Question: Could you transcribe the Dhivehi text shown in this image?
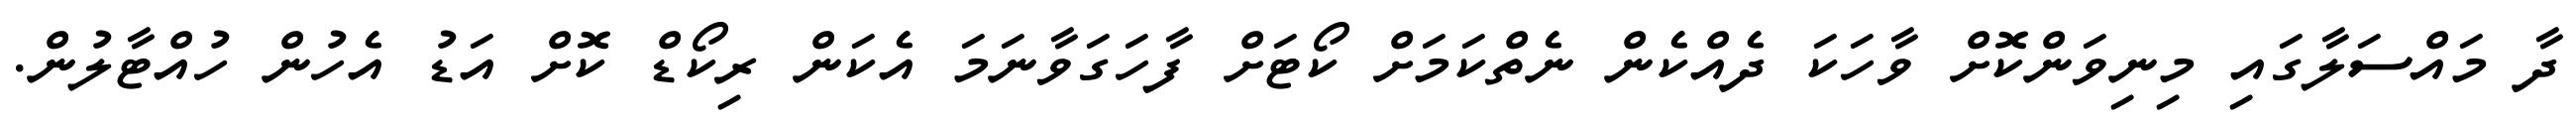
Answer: ދާ މައްސަލާގައި މިނިވަންކޮށް ވާހަކަ ދެއްކެން ނެތްކަމަށް ކޯޓަށް ފާހަގަވާނަމަ އެކަން ރިކޯޑް ކޮށް އަޑު އެހުން ހުއްޓާލުން.